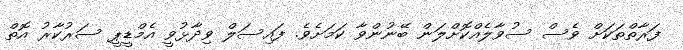
ފަރާތްތަކަށް ވެސް ސުވާލެއްކޮށްލަން ބޭނުންވާ ކަމަށެވެ. ފައިސަލް ވިދާޅުވީ އެމްޑީޕީ ސަރުކާރު އޮތް